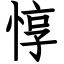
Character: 惇